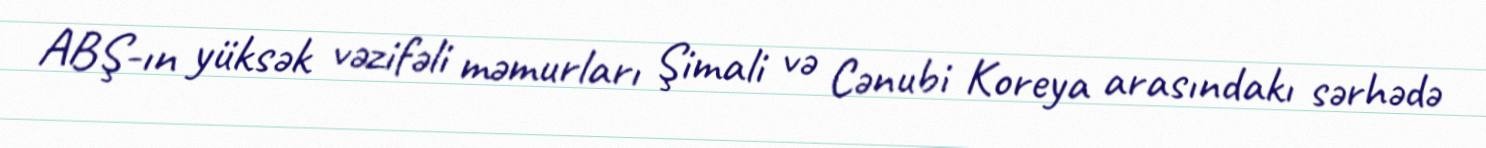
ABŞ-ın yüksək vəzifəli məmurları Şimali və Cənubi Koreya arasındakı sərhədə